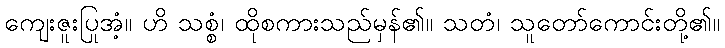
ကျေးဇူးပြုအံ့။ ဟိ သစ္စံ၊ ထိုစကားသည်မှန်၏။ သတံ၊ သူတော်ကောင်းတို့၏။